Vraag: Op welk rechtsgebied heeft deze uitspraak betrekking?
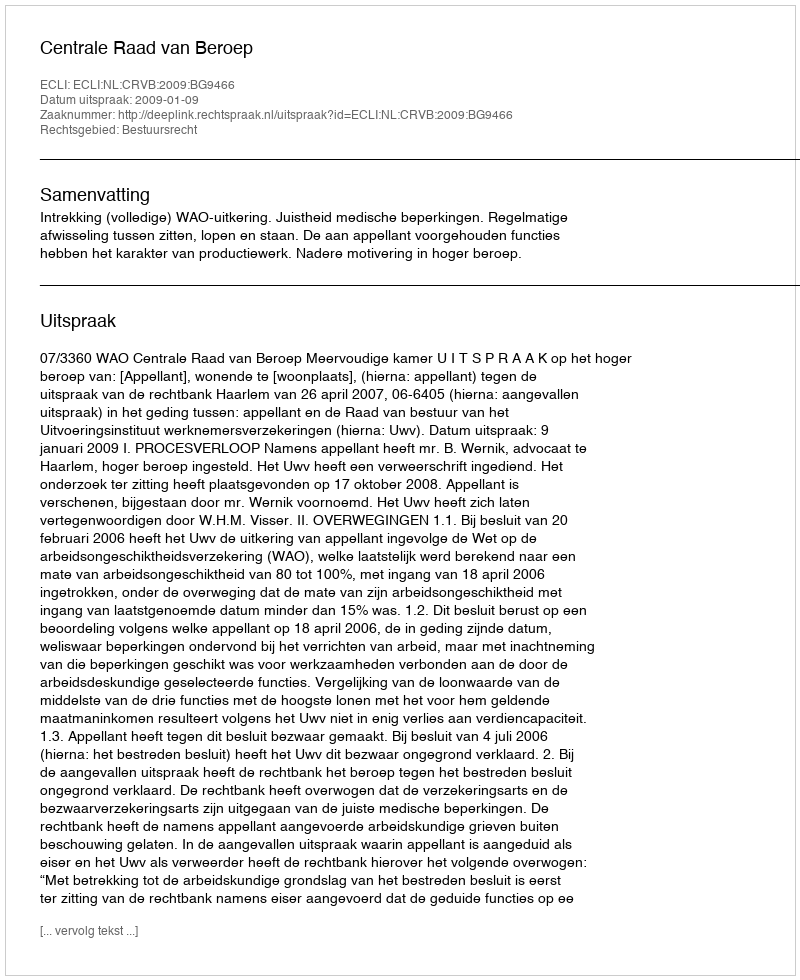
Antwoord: Bestuursrecht